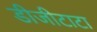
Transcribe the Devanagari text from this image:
डीजीटाटा